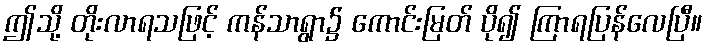
ဤသို့ တိုးလာရသဖြင့် ကန်သာရွာ၌ ကောင်းမြတ် ပို၍ ကြာရပြန်လေပြီ။